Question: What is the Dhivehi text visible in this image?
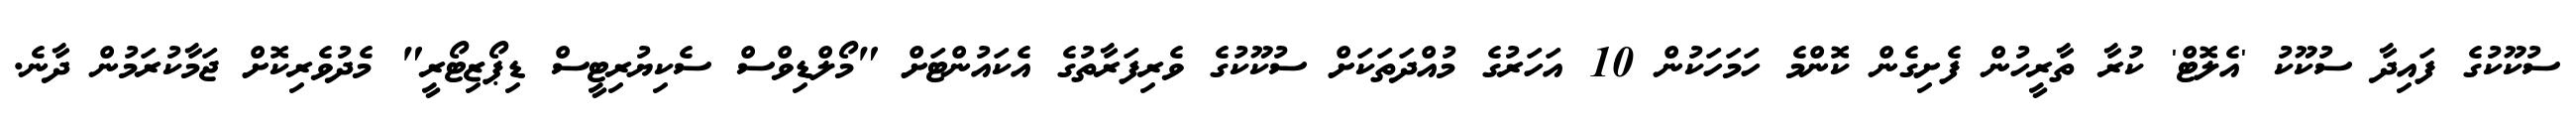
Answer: ސުކޫކުގެ ފައިދާ ސުކޫކު 'އެލޮޓް' ކުރާ ތާރީހުން ފެށިގެން ކޮންމެ ހަމަހަކުން 10 އަހަރުގެ މުއްދަތަކަށް ސުކޫކުގެ ވެރިފަރާތުގެ އެކައުންޓަށް "މޯލްޑިވްސް ސެކިޔުރިޓީސް ޑިޕޯޒިޓޯރީ" މެދުވެރިކޮށް ޖަމާކުރަމުން ދާނެ.